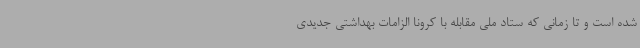
شده است و تا زمانی که ستاد ملی مقابله با کرونا الزامات بهداشتی جدیدی